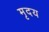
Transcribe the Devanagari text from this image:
मृदय